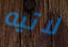
لاتيه